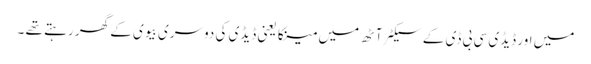
میں اور ڈیڈی سی بی ڈی کے سیکٹر آٹھ میں مینکا یعنی ڈیڈی کی دوسری بیوی کے گھر رہتے تھے ۔